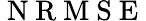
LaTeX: \mathrm{~N~R~M~S~E~}